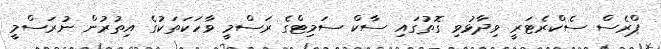
ޕްރެސް ސެކްރެޓަރީ ވިދާޅުވި ގޮތުގައި ސާކް ސަމިޓްގެ ރަސްމީ ވާހަކަތަކުގެ އިތުރުން ނުރަސްމީ